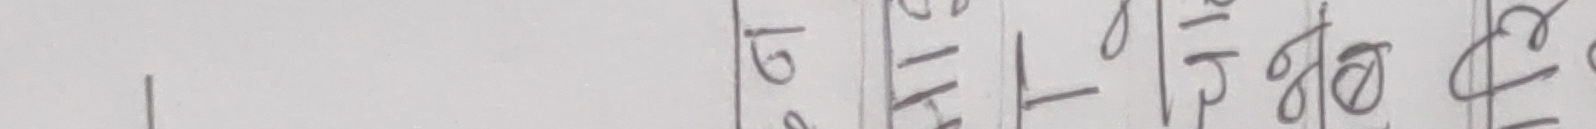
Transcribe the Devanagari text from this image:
७१०८ठ
९११९ठे
०८९५ठो
०९०८ठे
९-४९ठो